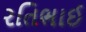
રતિભાઈ